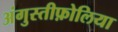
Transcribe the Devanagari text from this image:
अंगुस्तीफ़ोलिया